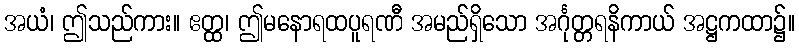
အယံ၊ ဤသည်ကား။ ဧတ္ထ၊ ဤမနောရထပူရဏီ အမည်ရှိသော အင်္ဂုတ္တရနိကာယ် အဋ္ဌကထာ၌။